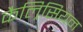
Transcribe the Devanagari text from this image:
कैल्रिसियन